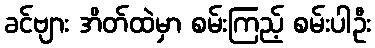
ခင်ဗျား အိတ်ထဲမှာ စမ်းကြည့် စမ်းပါဦး